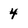
Character: 4